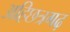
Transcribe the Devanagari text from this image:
अहिछत्रगढ़